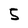
Character: 5